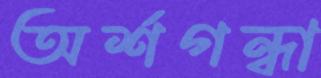
অর্শগন্ধা